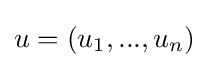
u=(u_{1},...,u_{n})